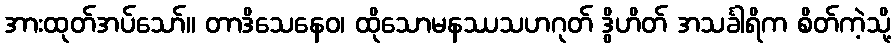
အားထုတ်အပ်သော်။ တာဒိသေနေဝ၊ ထိုသောမနဿသဟဂုတ် ဒွိဟိတ် အသင်္ခါရိက စိတ်ကဲ့သို့